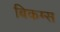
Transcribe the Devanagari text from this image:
बिकम्स